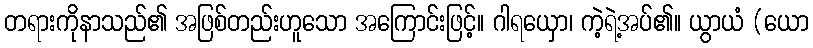
တရားကိုနာသည်၏ အဖြစ်တည်းဟူသော အကြောင်းဖြင့်။ ဂါရယှော၊ ကဲ့ရဲ့အပ်၏။ ယွာယံ (ယော